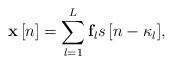
LaTeX: \begin{align*} {\bf{x}}\left[ n \right] = \sum\limits_{l = 1}^L {{{\bf{f}}_l}s\left[ {n - {\kappa _l}} \right]}, \end{align*}